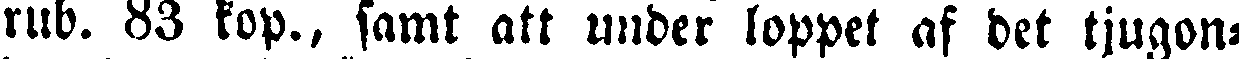
rub. 83 kop., samt att under loppet af det tjugon-